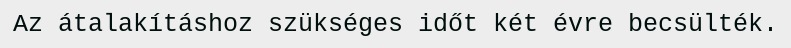
Az átalakításhoz szükséges időt két évre becsülték.